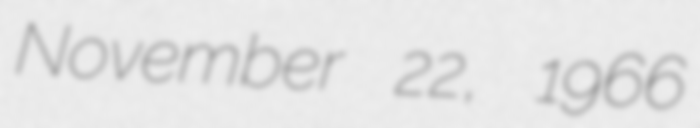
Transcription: November 22, 1966